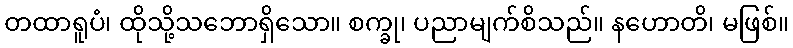
တထာရူပံ၊ ထိုသို့သဘောရှိသော။ စက္ခု၊ ပညာမျက်စိသည်။ နဟောတိ၊ မဖြစ်။